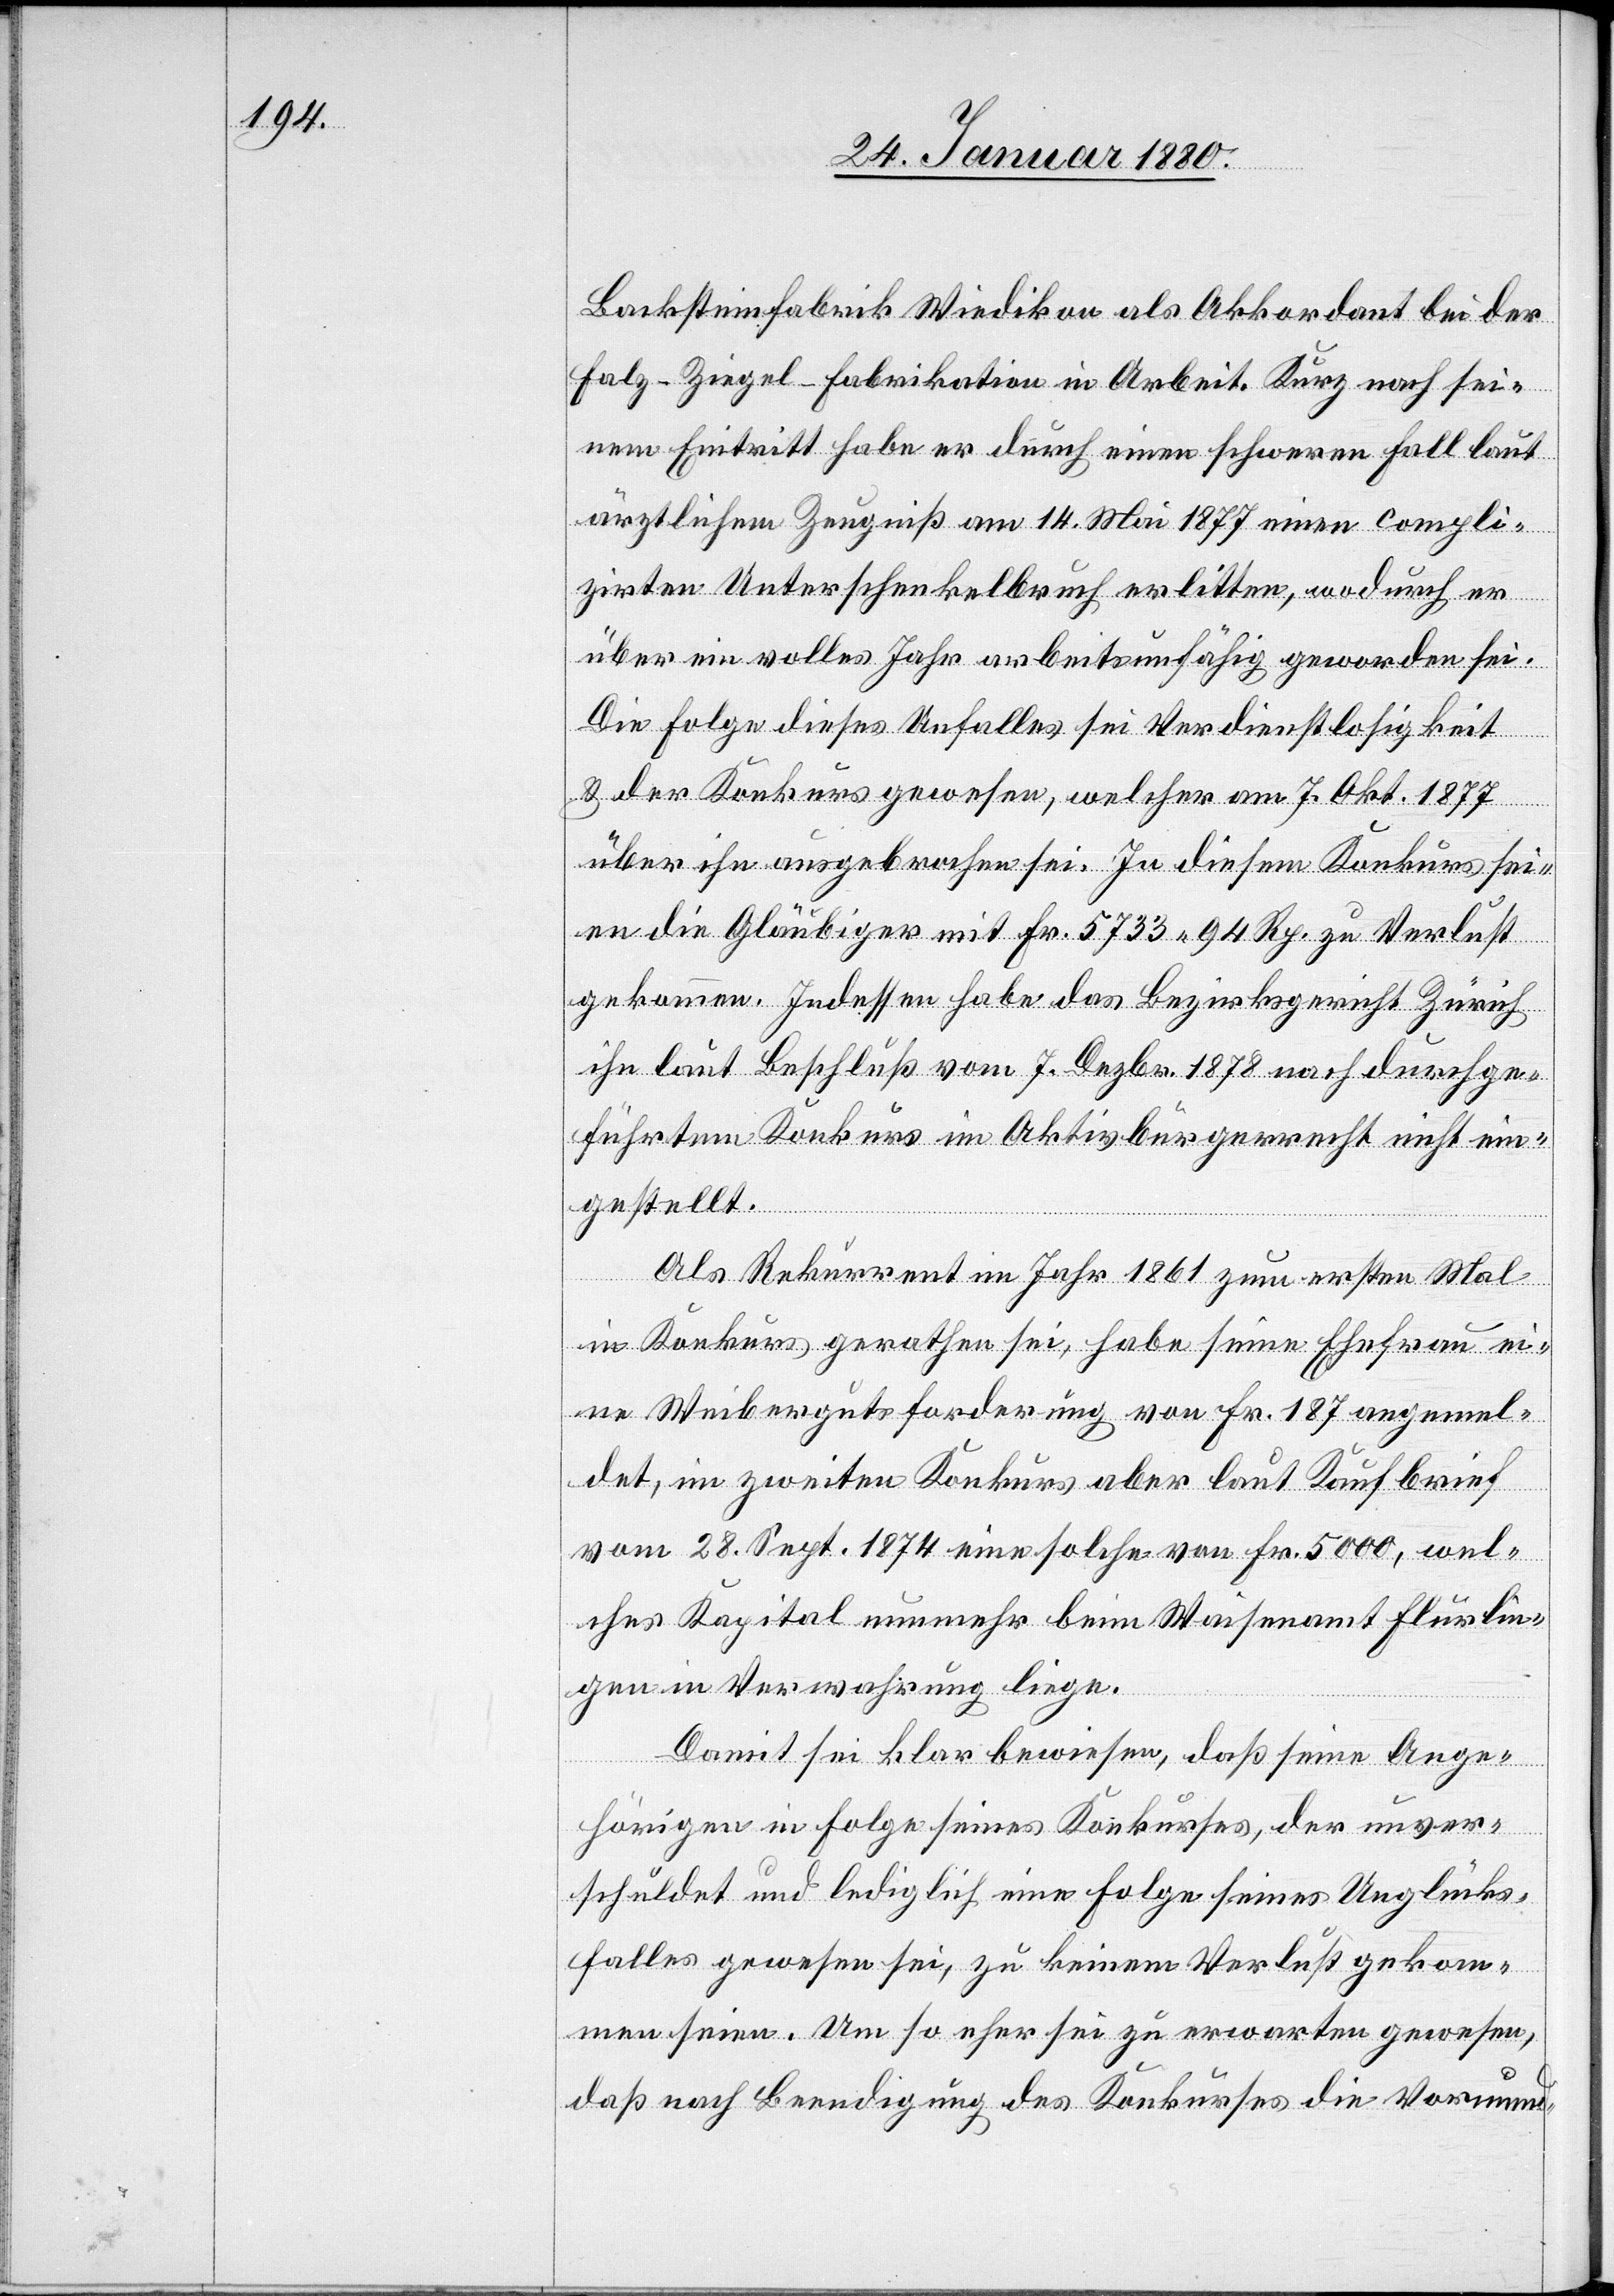
Backsteinfabrik Wiedikon als Akkordant bei der
Falz-Ziegel-Fabrikation in Arbeit. Kurz nach sei¬
nem Eintritt habe er durch einen schweren Fall laut
ärztlichem Zeugniß am14. Mai 1877 einen compli¬
zirten Unterschenkelbruch erlitten, wodurch er
über ein volles Jahr arbeitsunfähig geworden sei.
Die Folge dieses Unfalles sei Verdienstlosigkeit
& der Konkurs gewesen, welcher am 7. Okt. 1877
über ihn ausgebrochen sei. In diesem Konkurs sei¬
en die Gläubiger mit Fr. 5733.94 Rp. zu Verlust
gekommen. Indessen habe das Bezirksgericht Zürich
ihn laut Beschluß vom 7. Dezbr. 1878 nach durchge¬
führtem Konkurs im Aktivbürgerrecht nicht ein¬
gestellt.
Als Rekurrent im Jahr 1861 zum ersten Mal
in Konkurs gerathen sei, habe seine Ehefrau ei¬
ne Weibergutsforderung von Fr. 187 angemel¬
det, im zweiten Konkurs aber laut Kaufbrief
vom 28. Sept. 1874 eine solche von Fr. 5000, wel¬
ches Kapital nunmehr beim Waisenamt Flurlin¬
gen in der Verwahrung liege.
Damit sei klar bewiesen, daß seine Ange¬
hörigen in Folge seines Konkurses, der unver¬
schuldet und lediglich in Folge seines Unglücks¬
falles gewesen sei, zu keinem Verlust gekom¬
men seien. Um so eher sei zu erwarten gewesen,
daß nach Beendigung des Konkurses die Vormund-